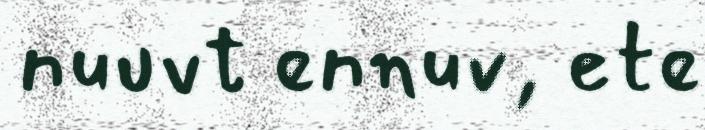
nuuvt ennuv, ete